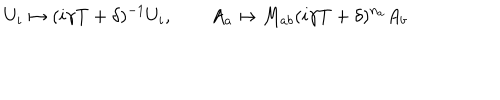
LaTeX: U _ { i } \mapsto ( i \gamma T + \delta ) ^ { - 1 } U _ { i } , \qquad A _ { a } \mapsto M _ { a b } ( i \gamma T + \delta ) ^ { n _ { a } } A _ { b }